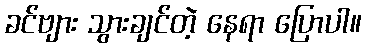
ခင်ဗျား သွားချင်တဲ့ နေရာ ပြောပါ။